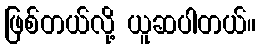
ဖြစ်တယ်လို့ ယူဆပါတယ်။